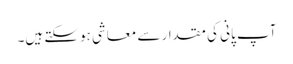
آپ پانی کی مقدار سے معاشی ہوسکتے ہیں۔